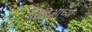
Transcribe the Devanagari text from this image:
अरेबिआच्या